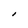
Character: I